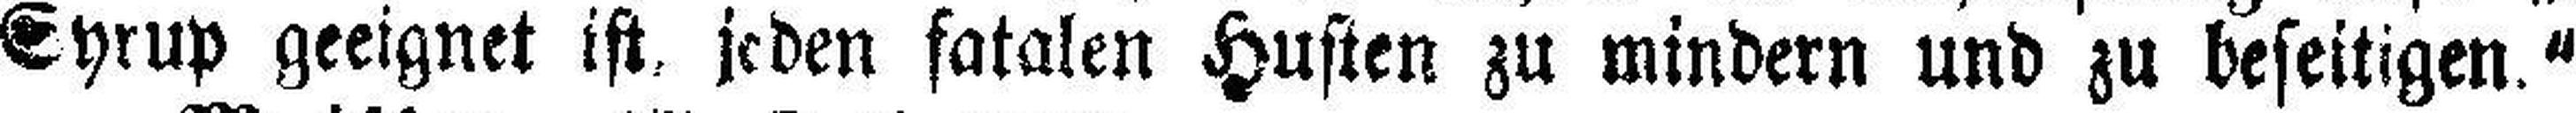
Syrup geeignet ist, jeden fatalen Husten zu mindern und zu beseitigen.“